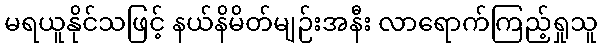
မရယူနိုင်သဖြင့် နယ်နိမိတ်မျဉ်းအနီး လာရောက်ကြည့်ရှုသူ